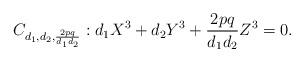
LaTeX: \begin{align*} C_{d_1, d_2, \frac{2pq}{d_1d_2}} : d_1X^3 + d_2Y^3 + \frac{2pq}{d_1d_2}Z^3 = 0. \end{align*}